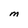
Character: M